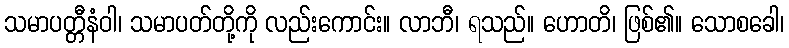
သမာပတ္တီနံဝါ၊ သမာပတ်တို့ကို လည်းကောင်း။ လာဘီ၊ ရသည်။ ဟောတိ၊ ဖြစ်၏။ သောစခေါ၊